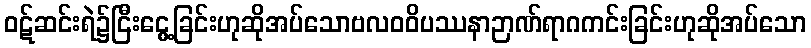
ဝဋ်ဆင်းရဲ၌ငြီးငွေ့ခြင်းဟုဆိုအပ်သောဗလဝဝိပဿနာဉာဏ်ရာဂကင်းခြင်းဟုဆိုအပ်သော